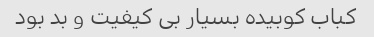
کباب کوبیده بسیار بی کیفیت و بد بود